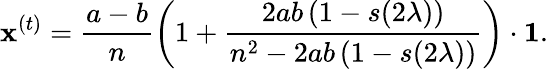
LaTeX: \mathbf{x}^{(t)}=\frac{a-b}{n}\left(1+\frac{2ab\, (1-{s(2\lambda)})}{n^{2}-2ab\, (1-{s(2\lambda)})}\right)\cdot\mathbf{1}.